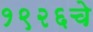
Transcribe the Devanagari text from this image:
१९२६चे